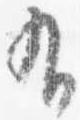
有